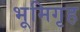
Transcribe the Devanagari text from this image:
भूमिगृह